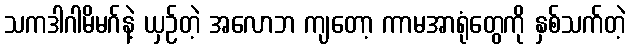
သကဒါဂါမိမဂ်နဲ့ ယှဉ်တဲ့ အလောဘ ကျတော့ ကာမအာရုံတွေကို နှစ်သက်တဲ့